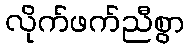
လိုက်ဖက်ညီစွာ